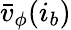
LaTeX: \bar{v}_{\phi}(i_{b})